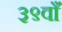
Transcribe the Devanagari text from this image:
३९वाँ